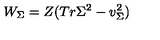
W _ { \Sigma } = Z ( T r \Sigma ^ { 2 } - v _ { \Sigma } ^ { 2 } )